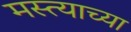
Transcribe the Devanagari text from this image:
मस्त्याच्या